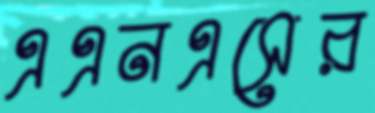
এএনএসের